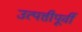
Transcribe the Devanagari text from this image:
उत्पत्तीपूर्वी